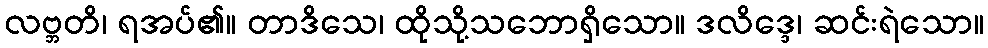
လဗ္ဘတိ၊ ရအပ်၏။ တာဒိသေ၊ ထိုသို့သဘောရှိသော။ ဒလိဒ္ဒေ၊ ဆင်းရဲသော။